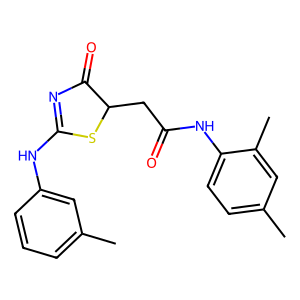
SMILES: Cc1cccc(NC2=NC(=O)C(CC(=O)Nc3ccc(C)cc3C)S2)c1
Inhibits HIV replication: No